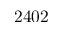
2 4 0 2